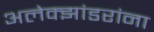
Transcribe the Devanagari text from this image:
अलेक्झांडरांना